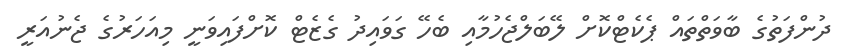
ދުންފަތުގެ ބާވަތްތައް ޕެކެޓްކޮށް ލޭބަލްޖެހުމާއި ބެހޭ ގަވައިދު ގެޒެޓް ކޮށްފައިވަނީ މިއަހަރުގެ ޖެނުއަރީ